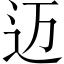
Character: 迈